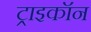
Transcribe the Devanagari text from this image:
ट्राइकॉन